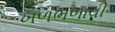
ખળભળાવી